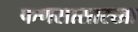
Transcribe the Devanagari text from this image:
फणसासारखा